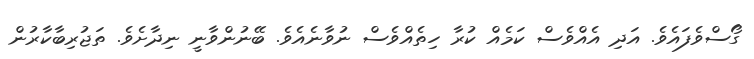
ގޯސްވެފައެވެ. އަދި އެއްވެސް ކަމެއް ކުރާ ހިތެއްވެސް ނުވާނެއެވެ. ބޭނުންވާނީ ނިދާށެވެ. ތަޖުރިބާކާރުން